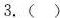
3. ( )